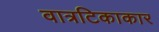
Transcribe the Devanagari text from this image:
वात्रटिकाकार